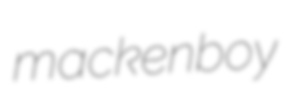
mackenboy